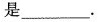
是___.